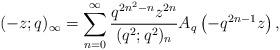
LaTeX: \begin{align*}(-z;q)_{\infty}=\sum_{n=0}^{\infty}\frac{q^{2n^{2}-n}z^{2n}}{(q^{2};q^{2})_{n}}A_{q}\left(-q^{2n-1}z\right),\end{align*}